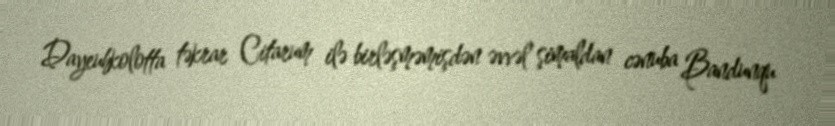
Dayeuhkolotta təkrar Citarum ilə birləşməmişdən əvvəl şimaldan cənuba Bandunqu